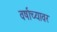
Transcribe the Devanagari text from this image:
वर्षाच्यावर